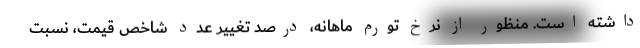
داشته است. منظور از نرخ تورم ماهانه، درصد تغییر عدد شاخص قیمت، نسبت